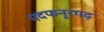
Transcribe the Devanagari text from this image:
मदफनूरगढ़